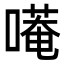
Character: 𭊭